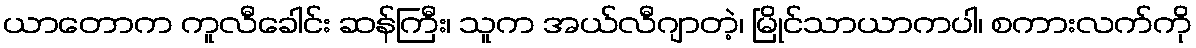
ယာတောက ကူလီခေါင်း ဆန်ကြီး၊ သူက အယ်လီဂျာတဲ့၊ မြိုင်သာယာကပါ၊ စကားလက်ကို